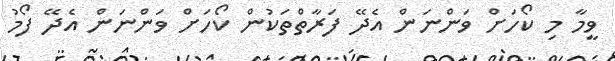
ވީމާ މި ކޯހަށް ވަންނަން އެދޭ ފަރާތްތަކުން ކޯހަށް ވަންނަން އެދޭ ފޯމު